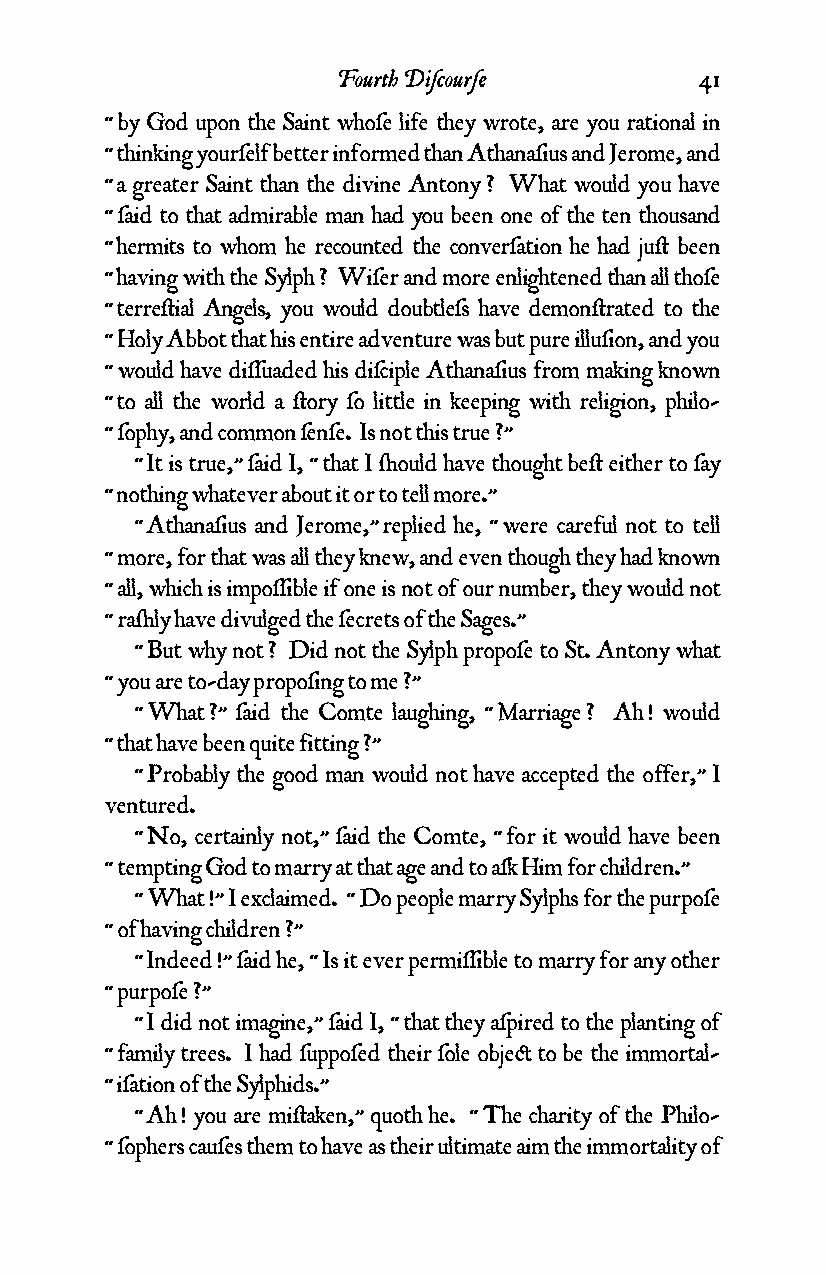
Fourth Diƒcourƒe        41
 “ by God upon the Saint whoƒe life they wrote, are you rational in
 “ thinking yourƒelf better informed than Athanaƒius and Jerome, and
 “ a greater Saint than the divine Antony ? What would you have
 “ ƒaid to that admirable man had you been one of the ten thousand
 “ hermits to whom he recounted the converƒation he had ju¥ been
 “ having with the Sylph ? Wiƒer and more enlightened than all thoƒe
 “ terre¥ial Angels, you would doubtleƒs have demon¥rated to the
 “ Holy Abbot that his entire adventure was but pure illuƒion, and you
 “ would have diƒƒuaded his diƒciple Athanaƒius from making known
 “ to all the world a ¥ory ƒo little in keeping with religion, philo-
 “ ƒophy, and common ƒenƒe. Is not this true ?”
 “ It is true,” ƒaid I, “ that I ¬ould have thought be¥ either to ƒay
 “ nothing whatever about it or to tell more.”
 “ Athanaƒius and Jerome,” replied he, “ were careful not to tell
 “ more, for that was all they knew, and even though they had known
 “ all, which is impoƒƒible if one is not of our number, they would not
 “ ra¬ly have divulged the ƒecrets of the Sages.”
 “ But why not ? Did not the Sylph propoƒe to St. Antony what
 “ you are to-day propoƒing to me ?”
 “ What ?” ƒaid the Comte laughing, “ Marriage ? Ah ! would
 “ that have been quite fitting ?”
 “ Probably the good man would not have accepted the offer,” I
 ventured.
 “ No, certainly not,” ƒaid the Comte, “ for it would have been
 “ tempting God to marry at that age and to aƒk Him for children.”
 “ What !” I exclaimed. “ Do people marry Sylphs for the purpoƒe
 “ of having children ?”
 “ Indeed !” ƒaid he, “ Is it ever permiƒƒible to marry for any other
 “ purpoƒe ?”
 “ I did not imagine,” ƒaid I, “ that they aƒpired to the planting of
 “ family trees. I had ƒuppoƒed their ƒole obje¢ to be the immortal-
 “ iƒation of the Sylphids.”
 “ Ah ! you are mi¥aken,” quoth he. “ The charity of the Philo-
 “ ƒophers cauƒes them to have as their ultimate aim the immortality of